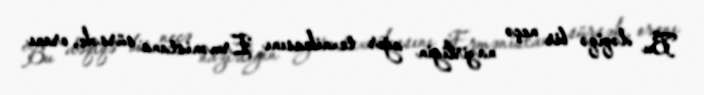
Bu dəqiqə bir neçə nazirliyin ağır texnikasını Ermənistana sürsək, oranı